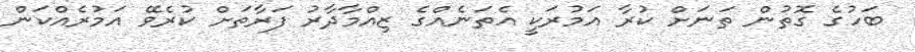
ބަހުގެ ގޮތުން ތަނަށް ކުރާ އަމުރަކީ އެތަނެއްގެ ޒިއްމާދާރު ފަރާތަށް ކުރެވޭ އަމުރެއްކަން